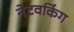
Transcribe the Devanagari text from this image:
नेटवकिंग